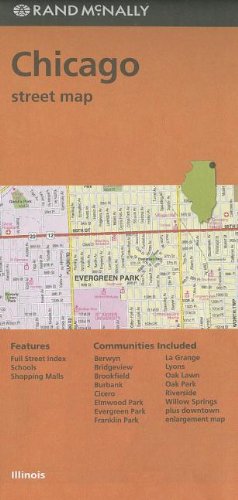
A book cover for Rand McNally Folded Map: Chicago Street Map; Rand McNally; Travel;